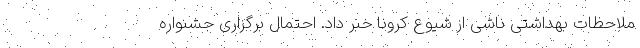
ملاحظات بهداشتی ناشی از شیوع کرونا خبر داد. احتمال برگزاری جشنواره